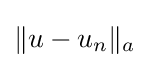
\|u-u_{n}\|_{a}